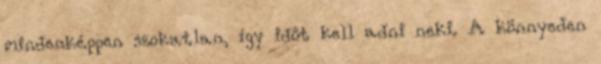
mindenképpen szokatlan, így időt kell adni neki. A könnyeden